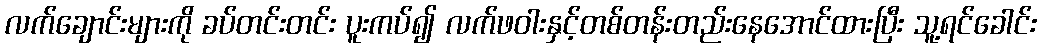
လက်ချောင်းများကို ခပ်တင်းတင်း ပူးကပ်၍ လက်ဖဝါးနှင့်တစ်တန်းတည်းနေအောင်ထားပြီး သူ့ရင်ခေါင်း